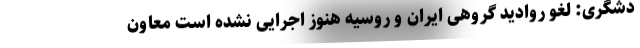
دشگری: لغو روادید گروهی ایران و روسیه هنوز اجرایی نشده است معاون